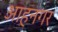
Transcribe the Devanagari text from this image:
आहनगर